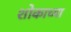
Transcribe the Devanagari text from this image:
शोकाच्या